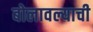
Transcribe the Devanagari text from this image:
बोलावल्याची